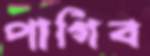
পাগিব